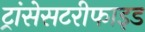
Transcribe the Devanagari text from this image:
ट्रांसेसटरीफाइड